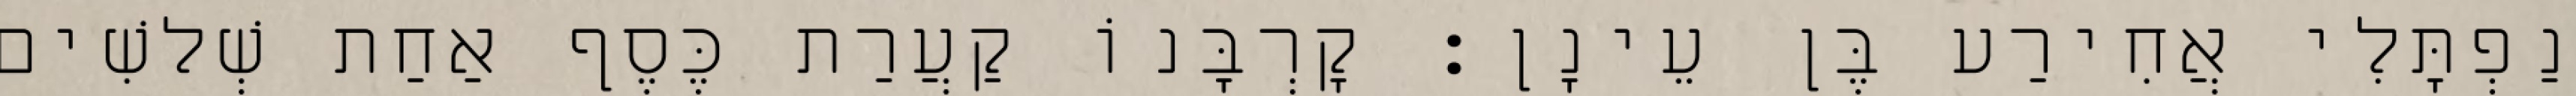
נַפְתָּלִי אֲחִירַע בֶּן עֵינָן׃ קָרְבָּנוֹ קַעֲרַת כֶּסֶף אַחַת שְׁלשִׁים